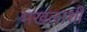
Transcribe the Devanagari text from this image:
मखलाशी